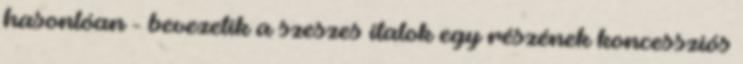
hasonlóan - bevezetik a szeszes italok egy részének koncessziós